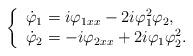
LaTeX: \begin{align*}\left\{\begin{array}{l}\dot{\varphi}_1=i\varphi_{1xx}-2i\varphi_1^2\varphi_2,\\\dot{\varphi}_2=-i\varphi_{2xx}+2i\varphi_1\varphi_2^2.\end{array}\right.\end{align*}